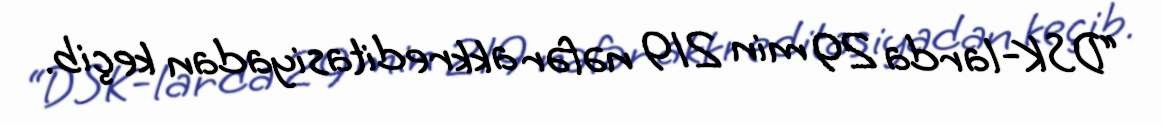
“DSK-larda 29 min 219 nəfər akkreditasiyadan keçib.